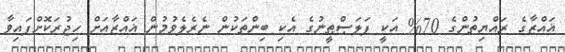
ޣައްޒާގެ ރައްޔިތުންގެ 70% އަކީ ފަލަޞްޠީނުގެ އެކި ބިންތަކުން ނެރެލެވުމުން ޣައްޒާއަށް ހިޖުރަކޮށްފައިވާ